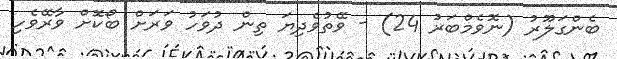
ބެންގަލޫރު (ނޮވެމްބަރު 24) - ވޭތުވެދިޔަ ތިން ދުވަހު ވަރަށް ބޯކޮށް ވާރޭވެހި